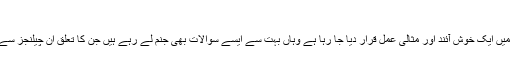
الیکشن اور چیلنجز
ایک سول حکومت سے دوسری سول حکومت تک اقتدار کی منتقلی کو جہاں پاکستان کے تناظر میں ایک خوش آئند اور مثالی عمل قرار دیا جا رہا ہے وہاں بہت سے ایسے سوالات بھی جنم لے رہے ہیں جن کا تعلق اُن چیلنجز سے ہے جس پر پورا اترنے میں اب تک برسر اقتدار آنے والی تمام حکومتیں ناکام ہی نظر آئی ہیں۔